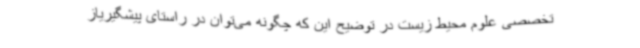
تخصصی علوم محیط زیست در توضیح این که چگونه می‌توان در راستای پیشگیریاز